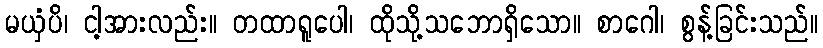
မယှံပိ၊ ငါ့အားလည်း။ တထာရူပေါ၊ ထိုသို့သဘောရှိသော။ စာဂေါ၊ စွန့်ခြင်းသည်။